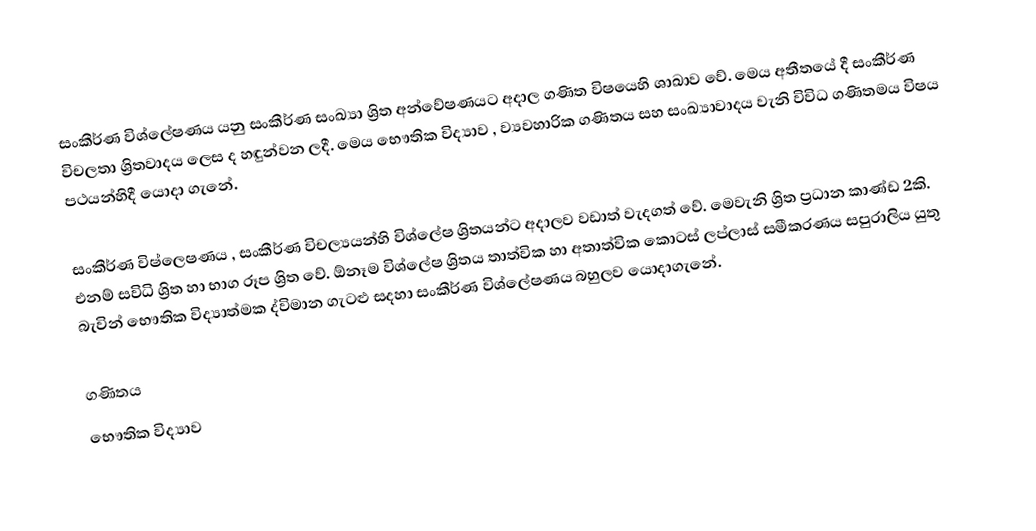
සංකීර්ණ විශ්ලේෂණය යනු සංකීර්ණ සංඛ්‍යා ශ්‍රිත අන්වේෂණයට අදාල ගණිත විෂයෙහි ශාඛාව වේ. මෙය අතීතයේ දී සංකීර්ණ විචලතා ශ්‍රිතවාදය ලෙස ද හඳුන්වන ලදී. මෙය භෞතික විද්‍යාව , ව්‍යවහාරික ගණිතය සහ සංඛ්‍යාවාදය වැනි විවිධ ගණිතමය විෂය පථයන්හිදී යොදා ගැනේ.

සංකීර්ණ විෂ්ලෙෂණය , සංකීර්ණ විචල්‍යයන්හි විශ්ලේෂ ශ්‍රිතයන්ට අදාලව වඩාත් වැදගත් වේ. මෙවැනි ශ්‍රිත ප්‍රධාන කාණ්ඩ 2කි. එනම් සවිධි ශ්‍රිත හා භාග රූප ශ්‍රිත වේ. ඕනෑම විශ්ලේෂ ශ්‍රිතය තාත්වික හා අතාත්වික කොටස් ලප්ලාස් සමීකරණය සපුරාලිය යුතු බැවින් භෞතික විද්‍යාත්මක ද්විමාන ගැටළු සදහා සංකීර්ණ විශ්ලේෂණය බහුලව යොද‍ාගැනේ.

ගණිතය
භෞතික විද්‍යාව